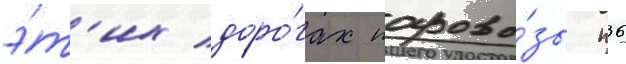
э́т'их доро́гах парово́зы п36